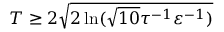
T \geq 2 \sqrt { 2 \ln ( \sqrt { 1 0 } \tau ^ { - 1 } \varepsilon ^ { - 1 } ) }